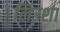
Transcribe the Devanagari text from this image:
लिउशा